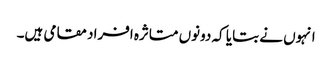
انہوں نے بتایا کہ دونوں متاثرہ افراد مقامی ہیں۔